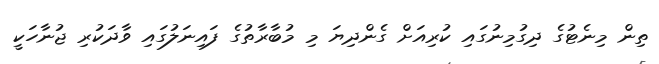
ތިން މިނެޓުގެ ދިގުމިނުގައި ކުރިއަށް ގެންދިޔަ މި މުބާރާތުގެ ފައިނަލުގައި ވާދަކުރި ޖުނާހަކީ